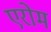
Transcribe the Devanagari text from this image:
एरोम